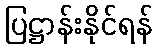
ပြဋ္ဌာန်းနိုင်ရန်